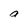
Character: a